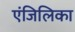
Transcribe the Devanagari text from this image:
एंजिलिका